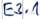
Text: E3.1